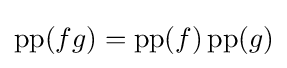
\operatorname {pp} (fg)=\operatorname {pp} (f)\operatorname {pp} (g)